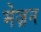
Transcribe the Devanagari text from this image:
मेज़न